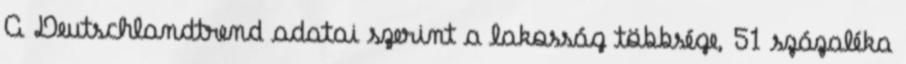
A Deutschlandtrend adatai szerint a lakosság többsége, 51 százaléka